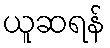
ယူဆရန်